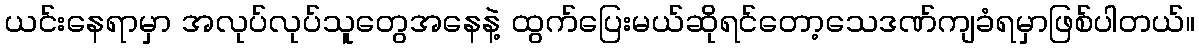
ယင်းနေရာမှာ အလုပ်လုပ်သူတွေအနေနဲ့ ထွက်ပြေးမယ်ဆိုရင်တော့သေဒဏ်ကျခံရမှာဖြစ်ပါတယ်။